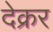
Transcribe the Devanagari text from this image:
देक्रर